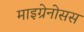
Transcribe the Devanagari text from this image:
माइग्रेनोसस